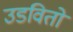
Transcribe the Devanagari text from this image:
उडवितो